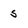
Character: 5